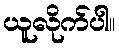
ယူလိုက်ပါ။